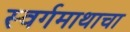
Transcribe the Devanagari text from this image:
स्वर्गमाथाचा